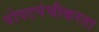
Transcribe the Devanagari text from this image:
पोपटपंचीकरता